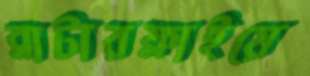
ব্লাটারফ্লাইয়ে